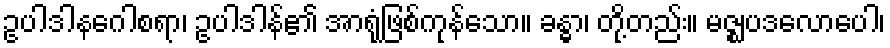
ဥပါဒါနဂေါစရာ၊ ဥပါဒါန်၏ အာရုံဖြစ်ကုန်သော။ ခန္ဓာ၊ တို့တည်း။ မဇ္ဈပဒလောပေါ၊